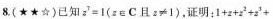
8(★★☆) 已知 $$z ^ { 7 } = 1$$ (z \in C 且 z ≠ 1)，证明：$$1+ z + z ^ { 2 } + z ^